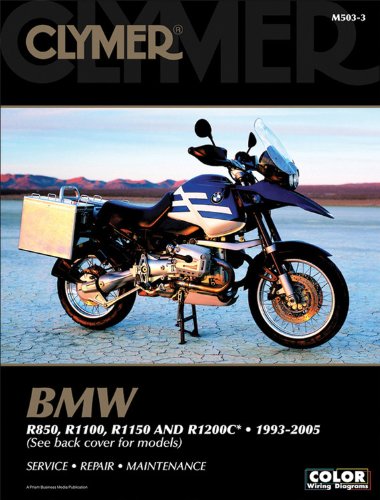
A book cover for BMW R850, R1100, R1150 & R1200C, 1993-2005 Clymer Repair Manual M503-3; Ed Scott; Engineering & Transportation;